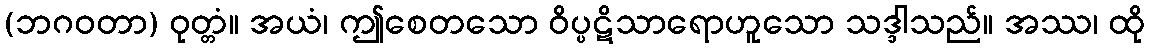
(ဘဂဝတာ) ဝုတ္တံ။ အယံ၊ ဤစေတသော ဝိပ္ပဋိသာရောဟူသော သဒ္ဒါသည်။ အဿ၊ ထို